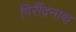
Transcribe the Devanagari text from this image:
गिरींद्रनाथ